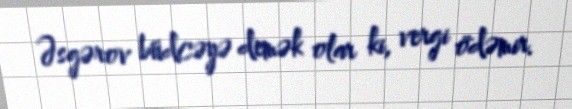
Əsgərov büdcəyə demək olar ki, vergi ödəmir.